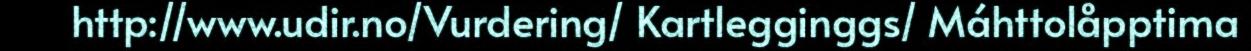
http://www.udir.no/Vurdering/ Kartlegginggs/ Máhttolåpptima